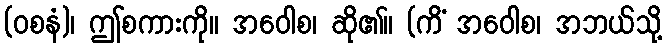
(ဝစနံ)၊ ဤစကားကို။ အဝေါစ၊ ဆို၏။ (ကိံ အဝေါစ၊ အဘယ်သို့